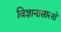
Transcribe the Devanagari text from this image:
विज्ञानासारखे